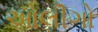
ઓલીગો